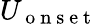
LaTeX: U_{\mathrm{~o~n~s~e~t~}}